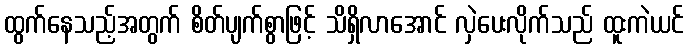
ထွက်နေသည့်အတွက် စိတ်ပျက်စွာဖြင့် သိရှိလာအောင် လှဲပေးလိုက်သည် ထူးကဲယင်